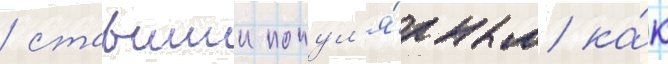
/ ставшии попул'я́рным ка́к